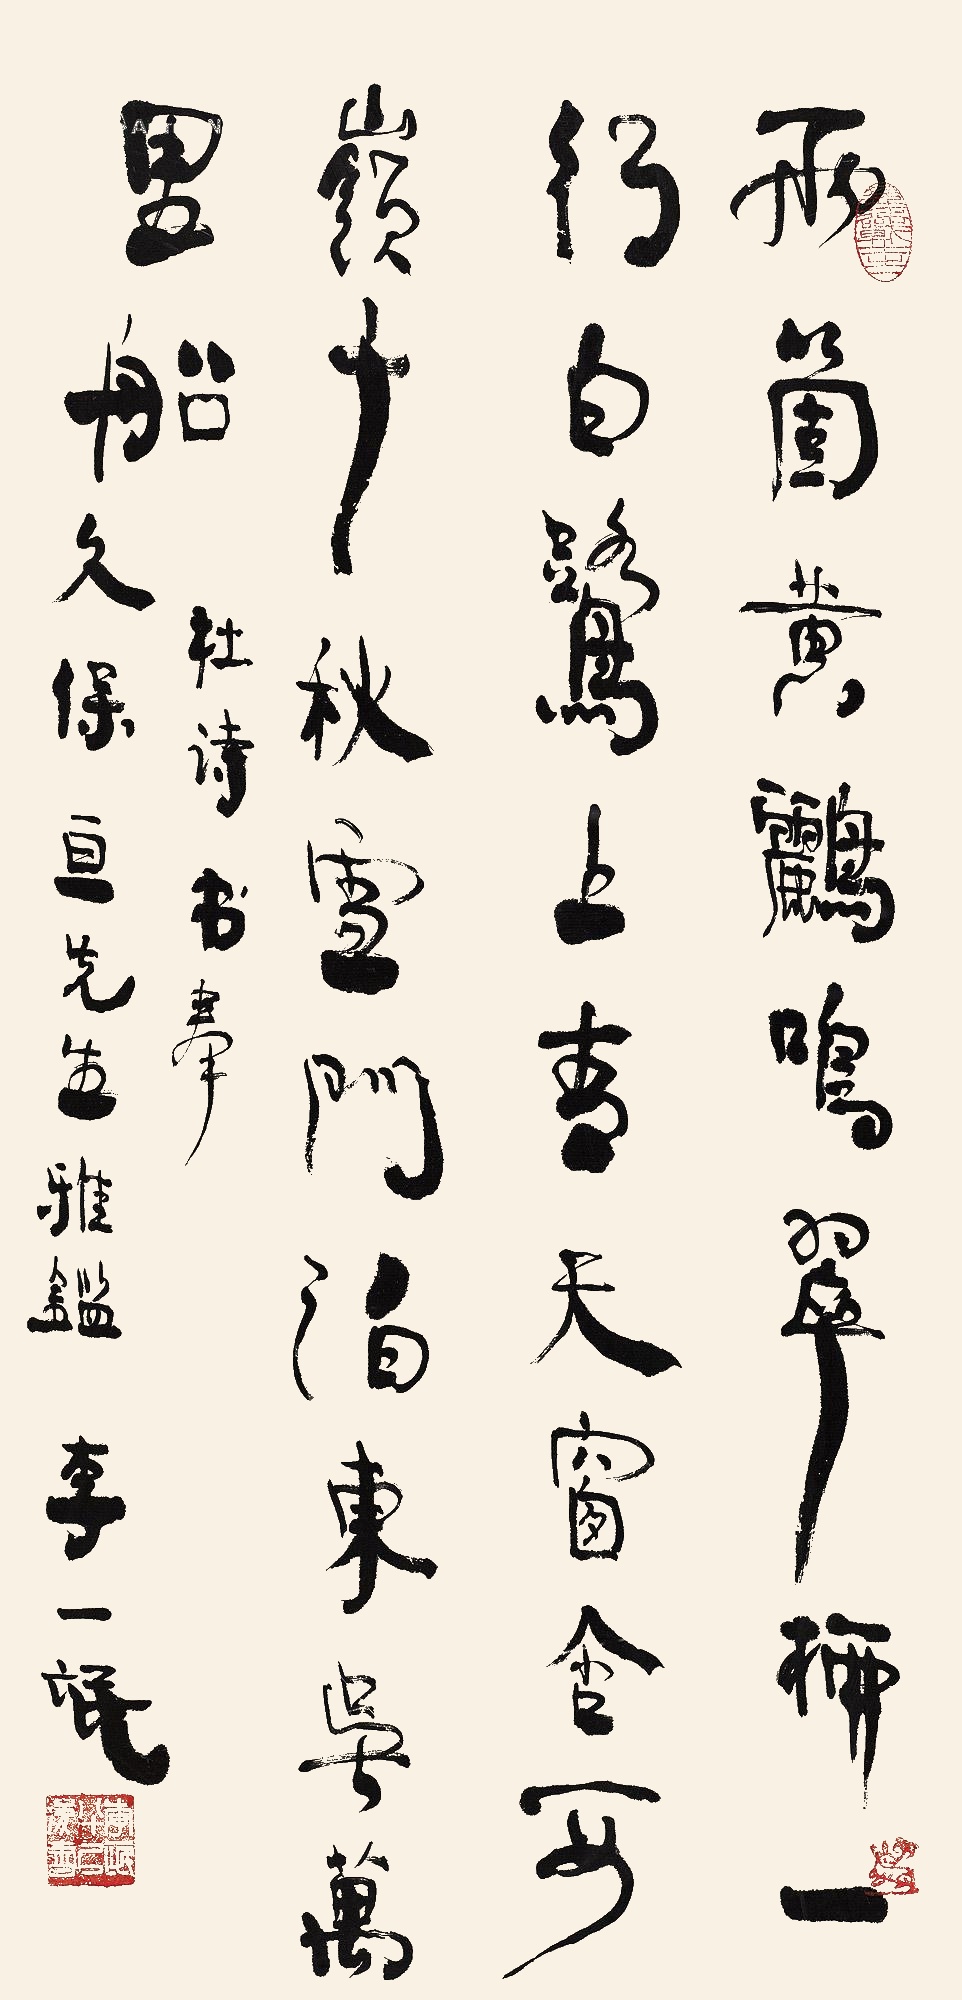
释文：两个黄鹂鸣翠柳，一行白鹭上青天。窗含西岭千秋雪，门泊东吴万里船。杜诗书奉，久保亘先生雅鉴，李一氓。